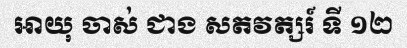
អាយុ ចាស់ ជាង សតវត្សរ៍ ទី ១២